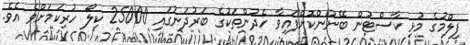
ފިލްމުގެ މުޅި ކާސްޓުން ބޭނުންކޮށްފައިވާ ހެދުންތަކުގެ ބަރުދަނުގައި 25000 ކިލޯ ހުރިކަމަށްވެ އެވެ.